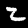
Label: 2